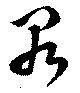
罪